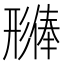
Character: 𪫊